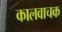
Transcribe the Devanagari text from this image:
कालवाचक